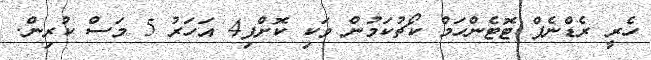
ހެރީ ރެޑްނެޕް ޓޮޓެންހަމް ކޯޗުކަމުން ވަކި ކޮށްފި4 އަހަރު 5 މަސް ކުރިން.